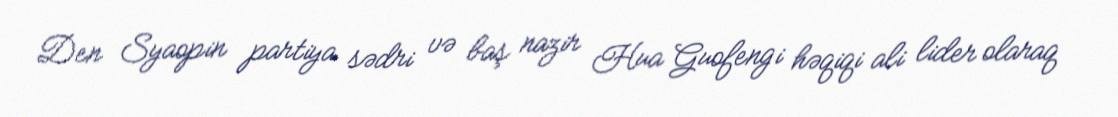
Den Syaopin partiya sədri və baş nazir Hua Guofengi həqiqi ali lider olaraq